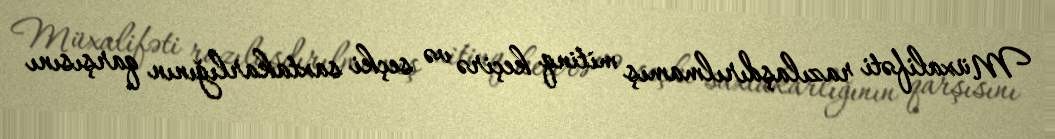
Müxalifəti razılaşdırılmamış mitinq keçirə və seçki saxtakarlığının qarşısını